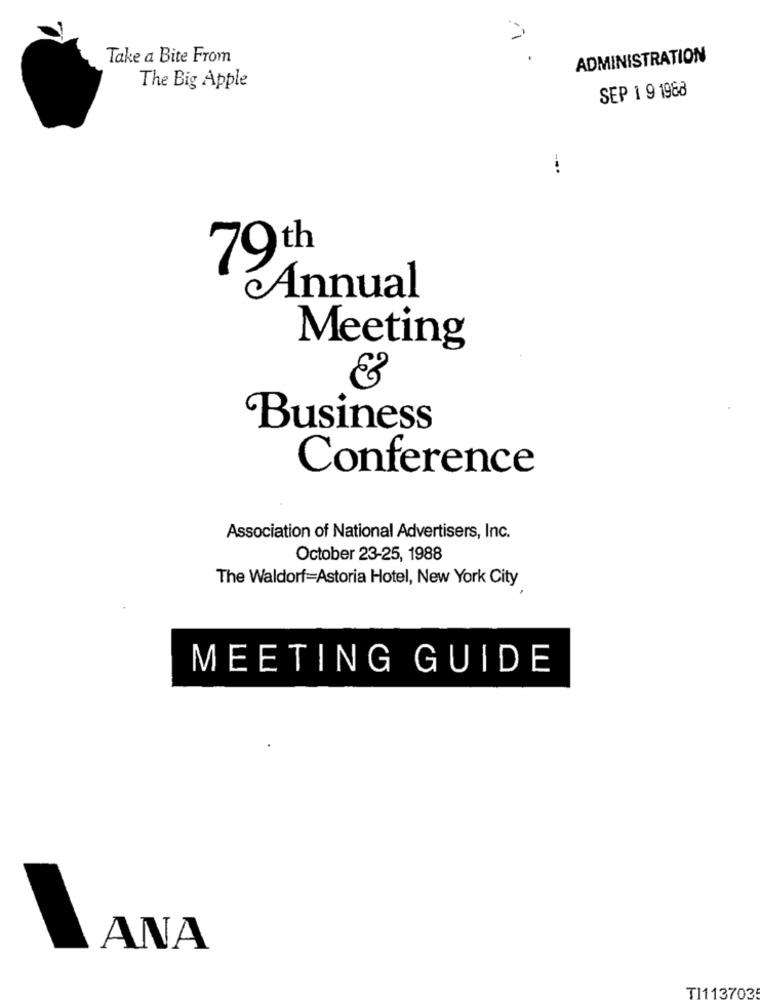
Take a Bite From
.
ADMINISTRATION
The Big Apple
SEP 1 9 1988
-..
79th
Annual
Meeting
Business
Conference
Association of National Advertisers, Inc.
October 23-25, 1988
The Waldorf=Astoria Hotel, New York City
MEETING GUIDE
ANA
TI113703